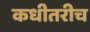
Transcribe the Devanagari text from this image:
कधीतरीच